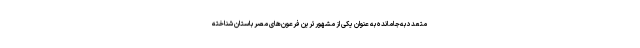
متعدد به‌جامانده به عنوان یکی از مشهورترین فرعون‌های مصر باستان شناخته